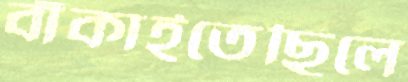
বাঁকাইতেছিলে